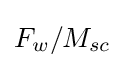
{\textstyle F_{w}/M_{sc}}